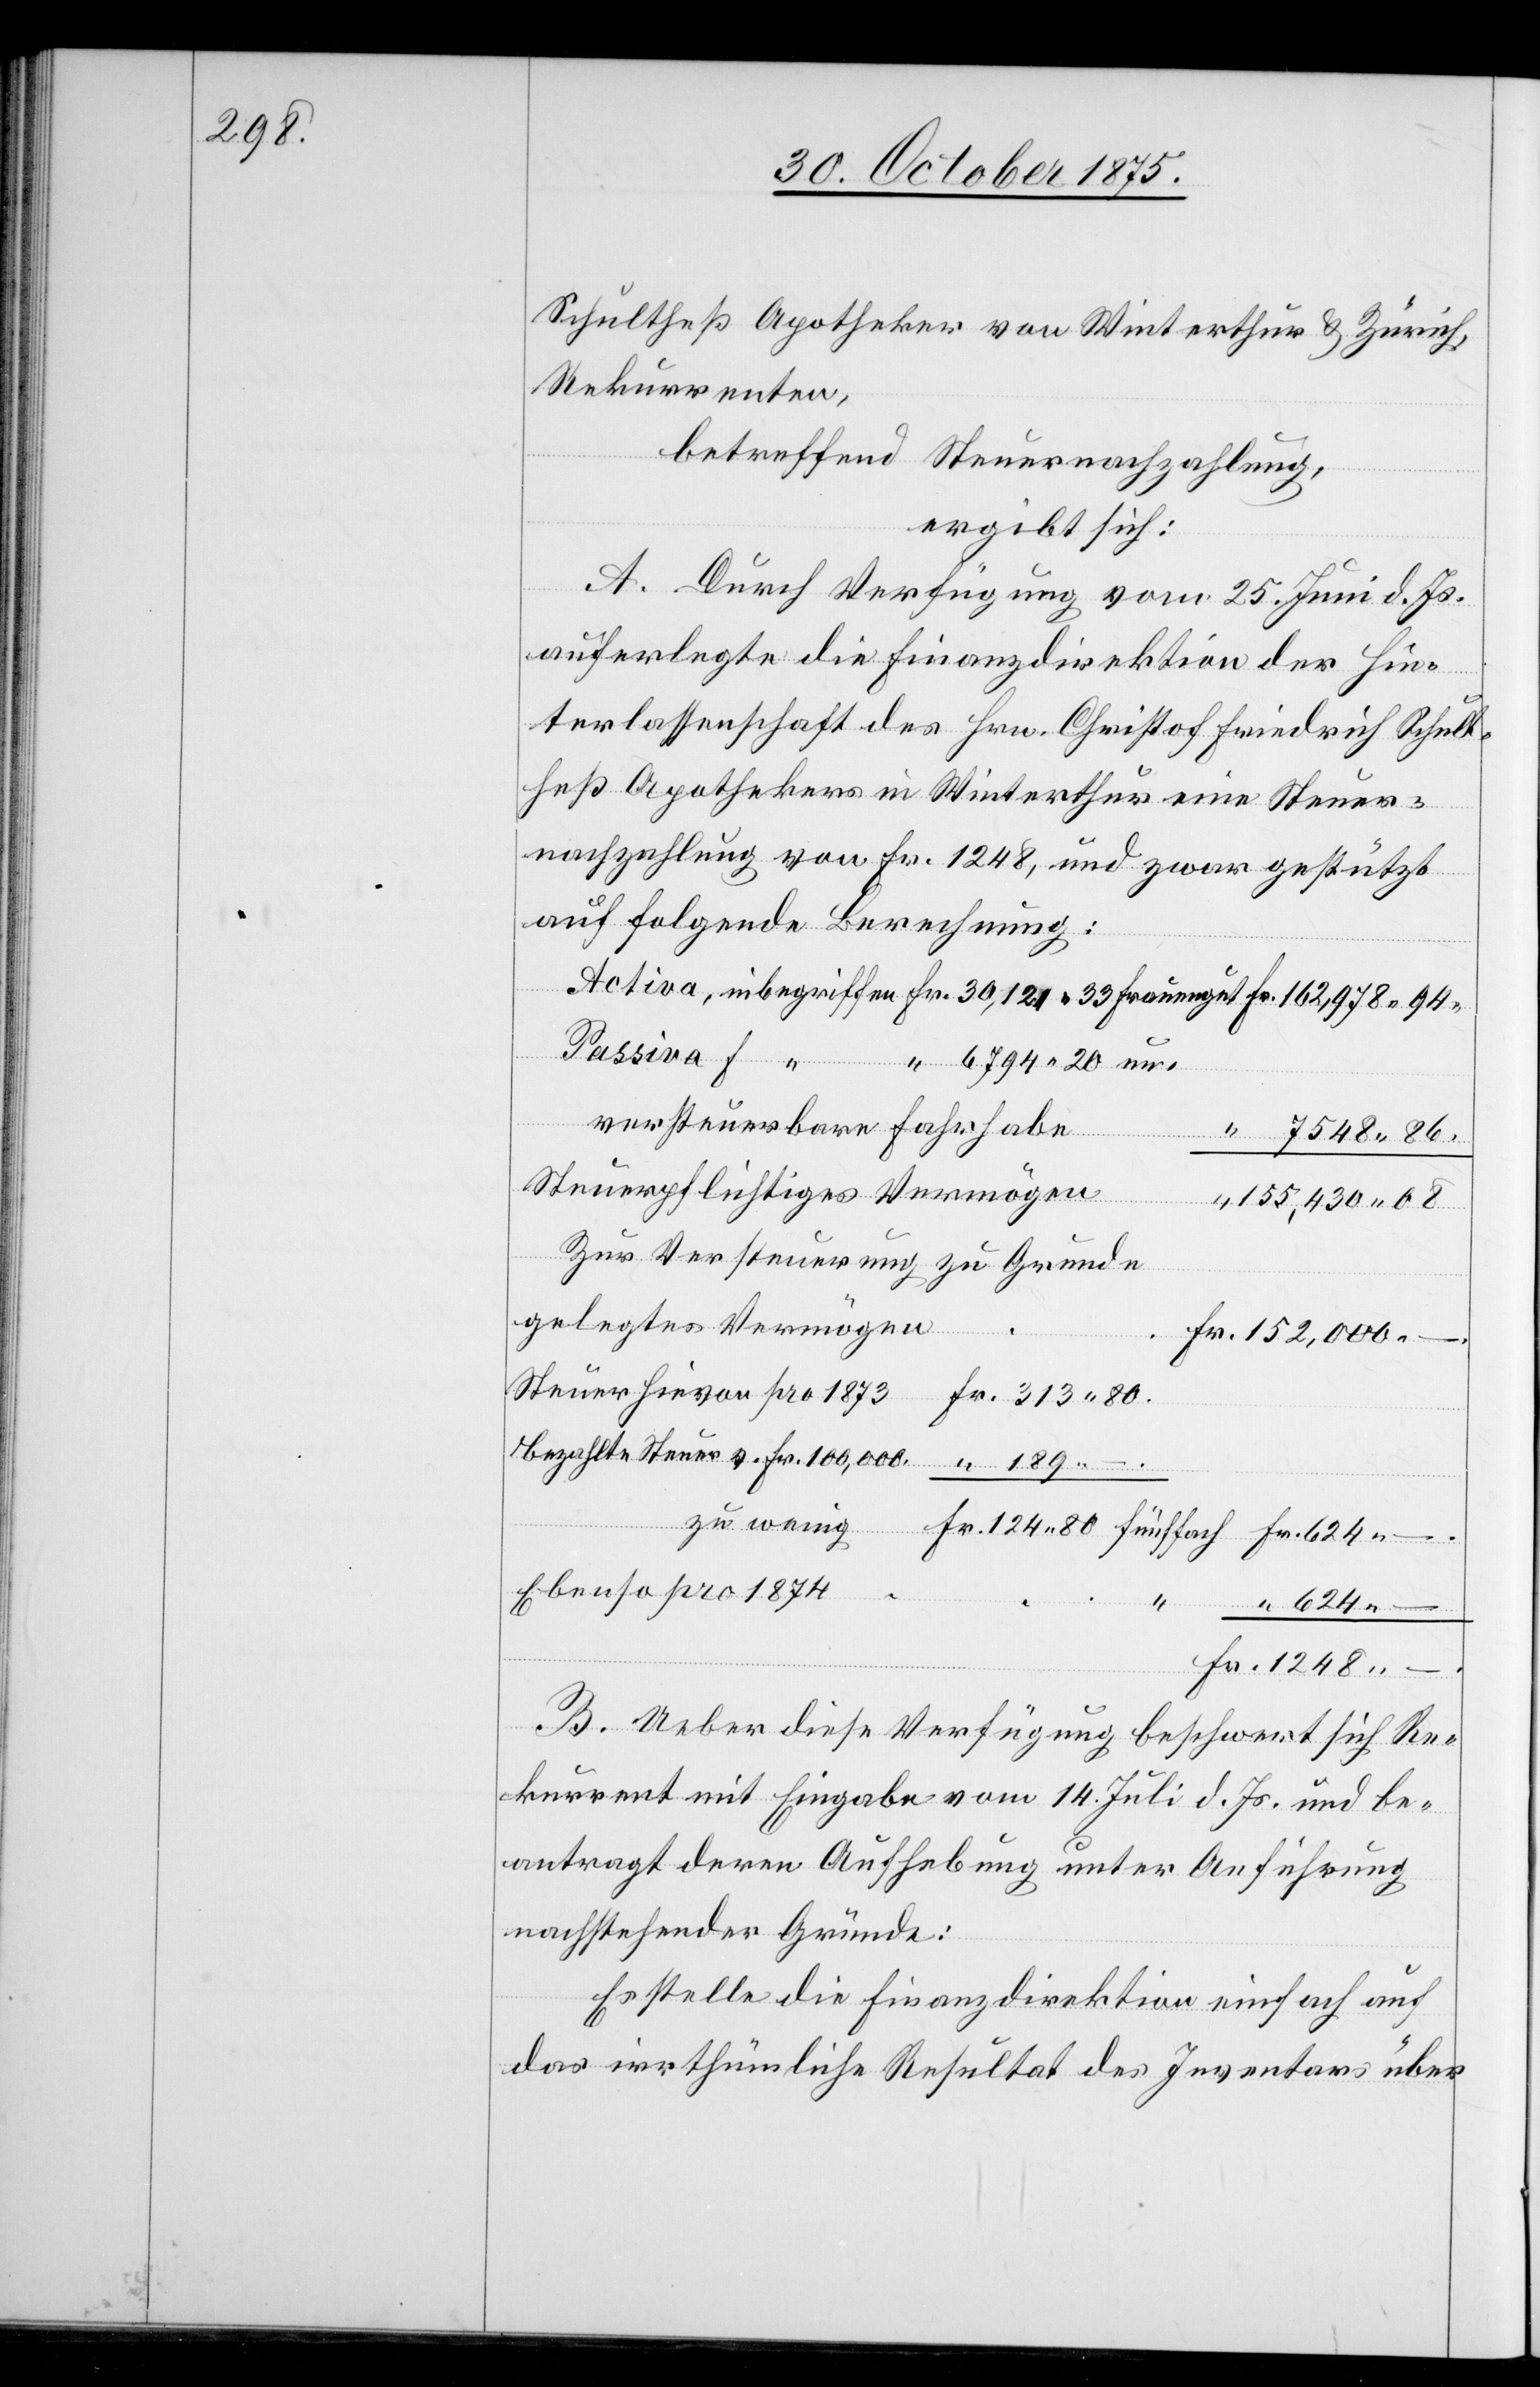
189 –.

Schultheß Apotheker von Winterthur & Zürich,
Rekurrenten,
betreffend Steuernachzahlung,
ergibt sich:
A. Durch Verfügung vom 25. Juni d. Js.
auferlegte die Finanzdirektion der Hin¬
terlassenschaft des Hrn. Christof Friedrich Schult¬
heß Apothekers in Winterthur eine Steuer¬
nachzahlung von Fr. 1248, und zwar gestützt
auf folgende Berechnung:
versteuerbare Fahrhabe
un¬
1248 –.
Steuerpflichtiges Vermögen
155,430 08.
Zur Versteuerung zu Grunde
gelegtes Vermögen
Steuer hievon pro 1873
Bezahlte Steuer v. Fr. 100,000
Ebenso pro 1874
B. Ueber diese Verfügung beschwert sich Re¬
kurrent mit Eingabe vom 14. Juli d. Js. und be¬
antragt deren Aufhebung unter Anführung
nachstehender Gründe:
Es stelle die Finanzdirektion einfach auf
das irrthümliche Resultat des Inventars über